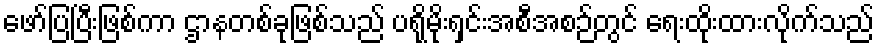
ဖော်ပြပြီးဖြစ်ကာ ဌာနတစ်ခုဖြစ်သည် ပရိုမိုးရှင်းအစီအစဉ်တွင် ရေးထိုးထားလိုက်သည်